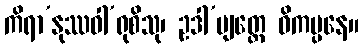
ကိရာ’နုဿဝါ’ရုစိသု၊ ဥဒါ’ပျတ္ထေ ဝိကပ္ပနေ။